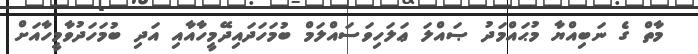
މާތް ގެ ނަބިއްޔާ މުޙައްމަދު ޞައްލަ ޢަލަހިވަސައްލަމް ބުމަހަދައިދޭމީހާއާއި އަދި ބުމަހަދުވާމީހާއަށް